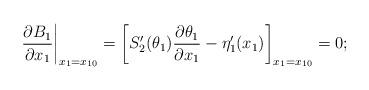
LaTeX: \begin{align*}\left.\frac{\partial B_1}{\partial x_1}\right|_{x_1=x_{10}} = \left[S_2'(\theta_1)\frac{\partial\theta_1}{\partial x_1} - \eta_1'(x_1)\right]_{x_1=x_{10}} = 0;\end{align*}